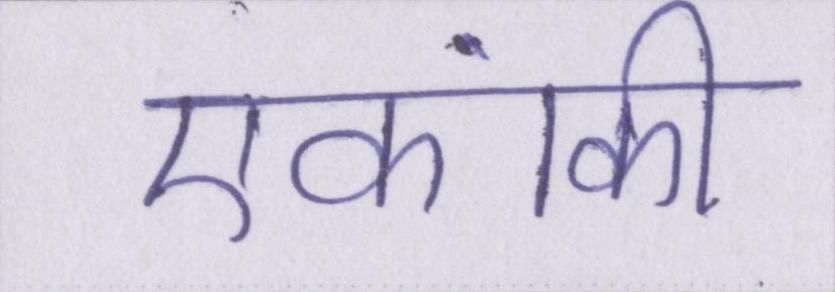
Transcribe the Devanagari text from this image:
एकांकी